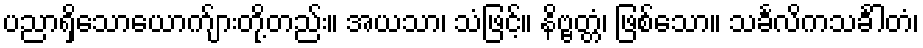
ပညာရှိသောယောက်ျားတို့တည်း။ အယသာ၊ သံဖြင့်။ နိဗ္ဗတ္တံ၊ ဖြစ်သော။ သင်္ခလိကသင်္ခါတံ၊